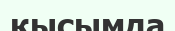
қысымда